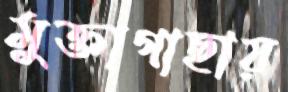
মুক্তাগাছায়